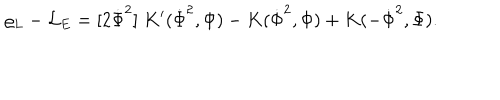
\varrho _ { L } - { \cal L } _ { E } = [ 2 \dot { \Phi } ^ { 2 } ] \; K ^ { \prime } ( \dot { \Phi } ^ { 2 } , \Phi ) - K ( \dot { \Phi } ^ { 2 } , \Phi ) + K ( - \dot { \Phi } ^ { 2 } , \Phi ) .